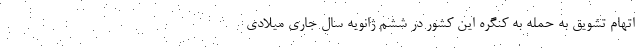
اتهام تشویق به حمله به کنگره این کشور در ششم ژانویه سال جاری میلادی